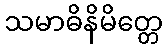
သမာဓိနိမိတ္တေ